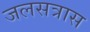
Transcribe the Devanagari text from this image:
जलसत्रास